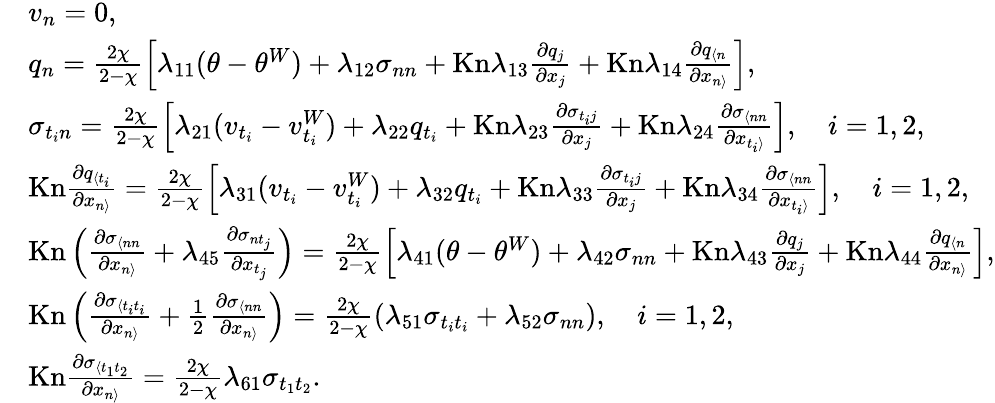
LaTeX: \begin{array}{rl}&{v_{n}=0,}\\ &{q_{n}=\frac{2\chi}{2-\chi}\left[\lambda_{11}(\theta-\theta^{W})+\lambda_{12}\sigma_{nn}+\mathrm{Kn}\lambda_{13}\frac{\partial q_{j}}{\partial x_{j}}+\mathrm{Kn}\lambda_{14}\frac{\partial q_{\langle n}}{\partial x_{n\rangle}}\right],}\\ &{\sigma_{t_{i}n}=\frac{2\chi}{2-\chi}\left[\lambda_{21}(v_{t_{i}}-v_{t_{i}}^{W})+\lambda_{22}q_{t_{i}}+\mathrm{Kn}\lambda_{23}\frac{\partial\sigma_{t_{i}j}}{\partial x_{j}}+\mathrm{Kn}\lambda_{24}\frac{\partial\sigma_{\langle nn}}{\partial x_{t_{i}\rangle}}\right],\quad i=1,2,}\\ &{\mathrm{Kn}\frac{\partial q_{\langle t_{i}}}{\partial x_{n\rangle}}=\frac{2\chi}{2-\chi}\left[\lambda_{31}(v_{t_{i}}-v_{t_{i}}^{W})+\lambda_{32}q_{t_{i}}+\mathrm{Kn}\lambda_{33}\frac{\partial\sigma_{t_{i}j}}{\partial x_{j}}+\mathrm{Kn}\lambda_{34}\frac{\partial\sigma_{\langle nn}}{\partial x_{t_{i}\rangle}}\right],\quad i=1,2,}\\ &{\mathrm{Kn}\left(\frac{\partial\sigma_{\langle nn}}{\partial x_{n\rangle}}+\lambda_{45}\frac{\partial\sigma_{nt_{j}}}{\partial x_{t_{j}}}\right)=\frac{2\chi}{2-\chi}\left[\lambda_{41}(\theta-\theta^{W})+\lambda_{42}\sigma_{nn}+\mathrm{Kn}\lambda_{43}\frac{\partial q_{j}}{\partial x_{j}}+\mathrm{Kn}\lambda_{44}\frac{\partial q_{\langle n}}{\partial x_{n\rangle}}\right],}\\ &{\mathrm{Kn}\left(\frac{\partial\sigma_{\langle t_{i}t_{i}}}{\partial x_{n\rangle}}+\frac{1}{2}\frac{\partial\sigma_{\langle nn}}{\partial x_{n\rangle}}\right)=\frac{2\chi}{2-\chi}\left(\lambda_{51}\sigma_{t_{i}t_{i}}+\lambda_{52}\sigma_{nn}\right),\quad i=1,2,}\\ &{\mathrm{Kn}\frac{\partial\sigma_{\langle t_{1}t_{2}}}{\partial x_{n\rangle}}=\frac{2\chi}{2-\chi}\lambda_{61}\sigma_{t_{1}t_{2}}.}\end{array}